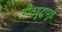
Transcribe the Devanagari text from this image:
शीतयुद्धामुळे